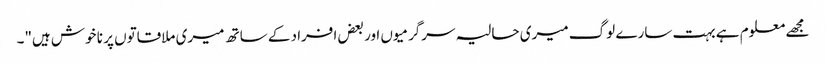
مجھے معلوم ہے بہت سارے لوگ میری حالیہ سرگرمیوں اور بعض افراد کے ساتھ میری ملاقاتوں پر نا خوش ہیں"۔